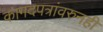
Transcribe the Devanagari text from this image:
कागदपत्रांवरुनही